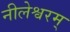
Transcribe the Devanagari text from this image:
नीलेश्वरम्